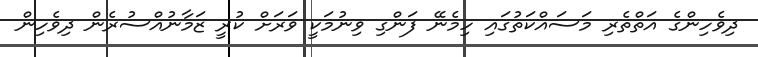
ދިވެހިންގެ އަތްތެރި މަސައްކަތުގައި ހިމެނޭ ފަންގި ވިނުމަކީ ވަރަށް ކުރީ ޒަމާނުއްސުރެން ދިވެހިން